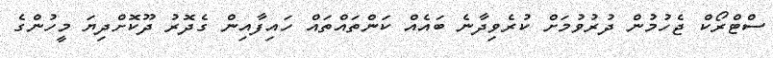
ސްޓްރޯކް ޖެހުމުން ދުރުވުމަށް ކުރެވިދާނެ ބައެއް ކަންތައްތައް ހައިފާއިން ގެދޮރު ދޫކޮށްދިޔަ މީހުންގެ